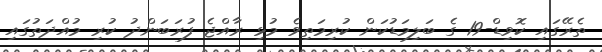
ތެރޭގައި ކޮވިޑް-19 ގެ ބަލިމަޑުކަން ކުރިމަތިވެ މުޅި ރާއްޖެ ފުރަބަންދު ކުރި މުއްދަތުގައި